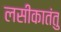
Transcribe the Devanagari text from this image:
लसीकातंतु